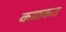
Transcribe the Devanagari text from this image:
कळकत